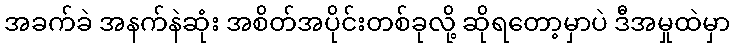
အခက်ခဲ အနက်နဲဆုံး အစိတ်အပိုင်းတစ်ခုလို့ ဆိုရတော့မှာပဲ ဒီအမှုထဲမှာ